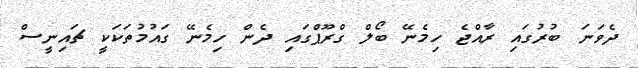
ދެވަނަ ބުރުގައި ރާއްޖެ ހިމެނޭ ބޯލް ގްރޫޕްގައި ދެން ހިމެނޭ ގައުމުތަކަކީ ޗައިނީސް